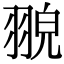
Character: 𦑀